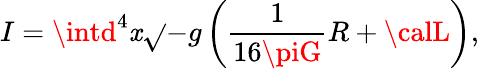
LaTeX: I=\intd^{4}\mathit{x}\sqrt{}{{-g}}\left(\frac{{1}}{{16\piG}}R+{\calL}\right),